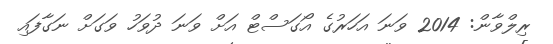
ރިލްވާން: 2014 ވަނަ އަހަރުގެ އޯގަސްޓް އަށް ވަނަ ދުވަހު ވަގަށް ނަގާފައި